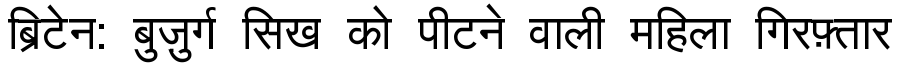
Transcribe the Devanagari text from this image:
ब्रिटेन: बुज़ुर्ग सिख को पीटने वाली महिला गिरफ़्तार